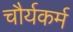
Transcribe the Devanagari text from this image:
चौर्यकर्म